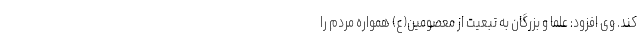
کند. وی افزود: علما و بزرگان به تبعیت از معصومین(ع) همواره مردم را